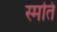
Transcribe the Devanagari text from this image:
स्मति